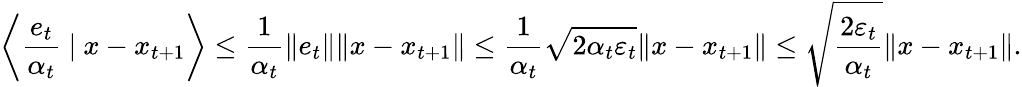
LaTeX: \left\langle\frac{e_{t}}{\alpha_{t}}\ |\ x-x_{t+1}\right\rangle\leq\frac{1}{\alpha_{t}}\| e_{t}\| \| x-x_{t+1}\| \leq\frac{1}{\alpha_{t}}\sqrt{2\alpha_{t}\varepsilon_{t}}\| x-x_{t+1}\| \leq\sqrt{\frac{2\varepsilon_{t}}{\alpha_{t}}}\| x-x_{t+1}\| .